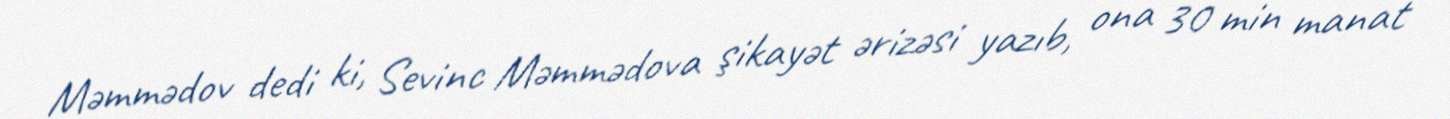
Məmmədov dedi ki, Sevinc Məmmədova şikayət ərizəsi yazıb, ona 30 min manat